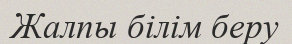
Жалпы білім беру